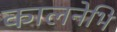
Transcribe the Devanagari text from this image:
कालनेभि